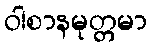
ဝါစာနမုတ္တမာ